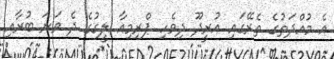
އެ މުއްދަތުގެ ތެރޭގައި އުރީދޫ ދިވެހި ޕްރިމިއާ ލީގުގެ ދެ ވަނަ ބުރާއި